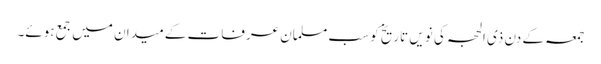
جمعہ کے دن ذی الحجہ کی نویں تاریخ کو سب مسلمان عرفات کے میدان میں جمع ہوئے۔